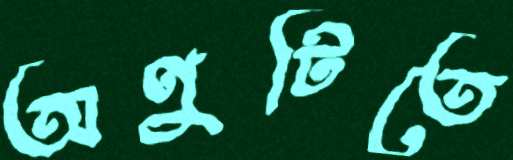
অণুটিতে